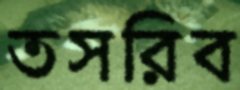
তসরিব